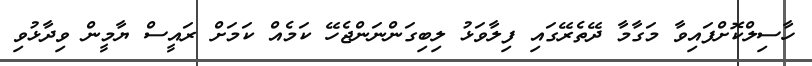
ހާސިލްކޮށްފައިވާ މަގާމާ ދޭތެރޭގައި ފިލާވަޅު ލިބިގަންނަންޖެހޭ ކަމެއް ކަމަށް ރައީސް ޔާމީން ވިދާޅުވި